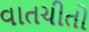
વાતચીતો